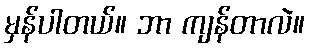
မှန်ပါတယ်။ ဘာ ကျန်တာလဲ။